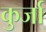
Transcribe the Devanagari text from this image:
कुर्जा